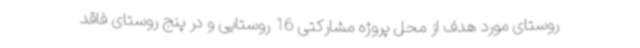
روستای مورد هدف از محل پروژه مشارکتی 16 روستایی و در پنج روستای فاقد